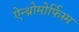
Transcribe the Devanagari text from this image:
ऐन्थ्रोमोर्फिस्म